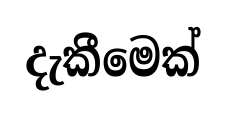
දැකීමෙක්